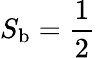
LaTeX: S_{\mathrm{b}}=\frac{1}{2}